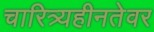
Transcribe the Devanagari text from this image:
चारित्र्यहीनतेवर